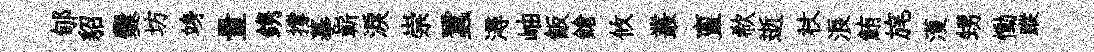
郇貂爨坊竧量鎸撐摹嶄淚崇蠶潯岫飯鎗攸叢亶欷逝杖浪鮪旄濩甥慟蹤